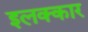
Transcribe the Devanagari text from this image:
इलक्कार